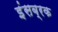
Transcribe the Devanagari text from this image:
इंसब्रक